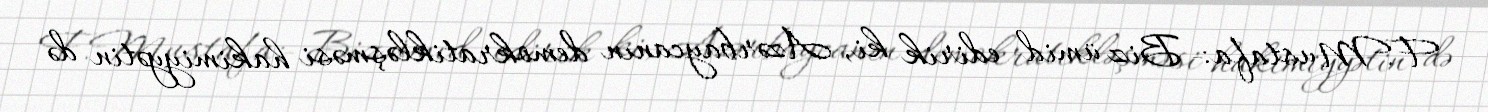
F.Mustafa:- Biz ümid edirik ki, Azərbaycanın demokratikləşməsi hakimiyyətin də